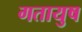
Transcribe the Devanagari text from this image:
गतायुष